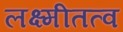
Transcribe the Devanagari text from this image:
लक्ष्मीतत्व